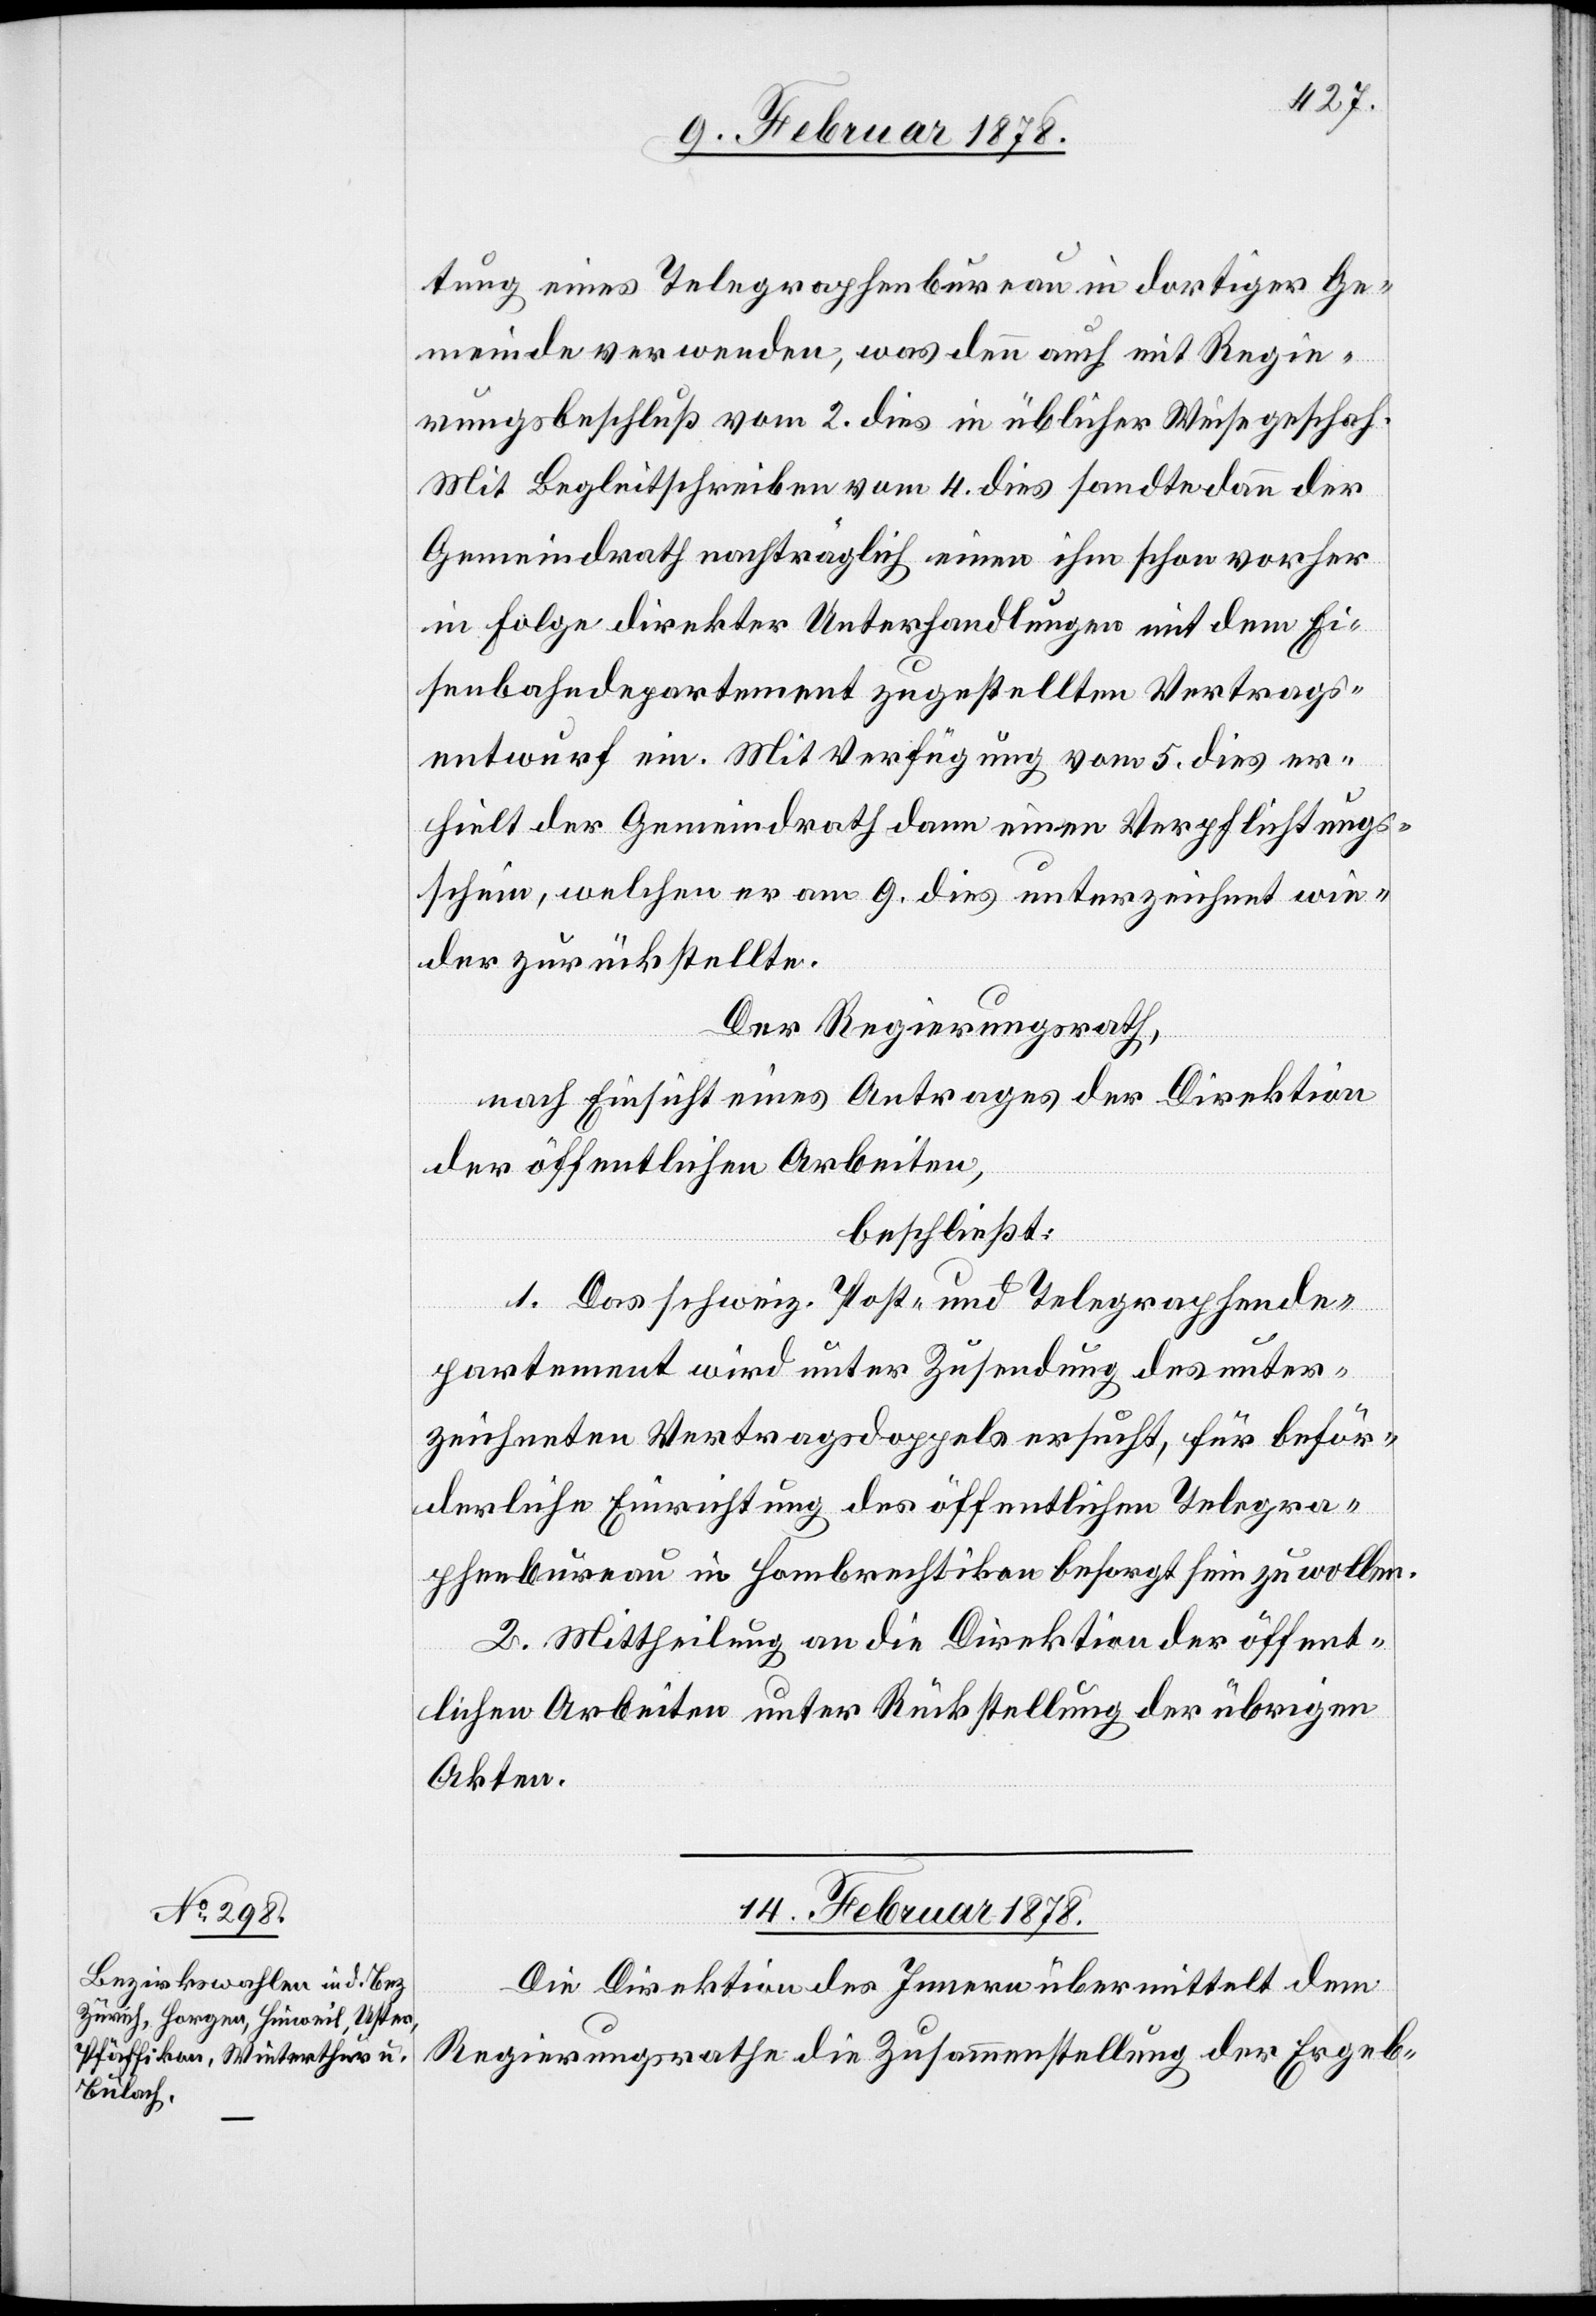
tung eines Telegraphenbureau in dortiger Ge¬
meinde verwenden, was denn auch mit Regie¬
rungsbeschluß vom 2. dies in üblicher Weise geschah.
Mit Begleitschreiben vom 4. dies sandte dann der
Gemeindrath nachträglich einen ihm schon vorher
in Folge direkter Unterhandlungen mit dem Ei¬
senbahndepartement zugestellten Vertrags¬
entwurf ein. Mit Verfügung vom 5. dies er¬
hielt der Gemeindrath dann einen Verpflichtungs¬
schein, welchen er am 9. dies unterzeichnet wie¬
der zurückstellte.
Der Regierungsrath,
nach Einsicht eines Antrages der Direktion
der öffentlichen Arbeiten,
beschließt:
1. Das schweiz. Post- und Telegraphende¬
partement wird unter Zusendung des unter¬
zeichneten Vertragsdoppels ersucht, für beför¬
derliche Einrichtung des öffentlichen Telegra¬
phenbureau in Hombrechtikon besorgt sein zu wollen.
2. Mittheilung an die Direktion der öffent¬
lichen Arbeiten unter Rückstellung der übrigen
Akten.
14. Februar 1878.
Die Direktion des Innern übermittelt dem
Regierungsrathe die Zusammenstellung der Ergeb-